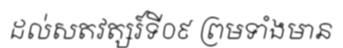
ដល់សតវត្សរ៍ទី០៩ ព្រមទាំងមាន